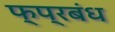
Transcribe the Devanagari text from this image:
फ्प्रबंध